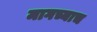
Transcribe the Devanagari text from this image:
मागच्याच